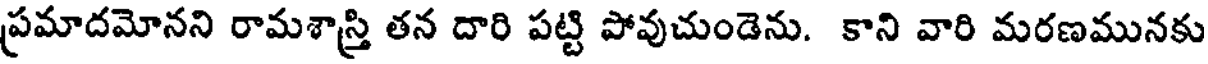
ప్రమాదమోనని రామశాస్త్రి తన దారి పట్టి పోవుచుండెను. కాని వారి మరణమునకు